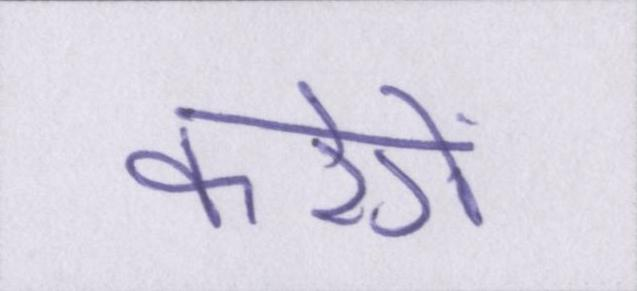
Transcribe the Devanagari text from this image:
करेगें